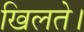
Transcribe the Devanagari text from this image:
खिलते।